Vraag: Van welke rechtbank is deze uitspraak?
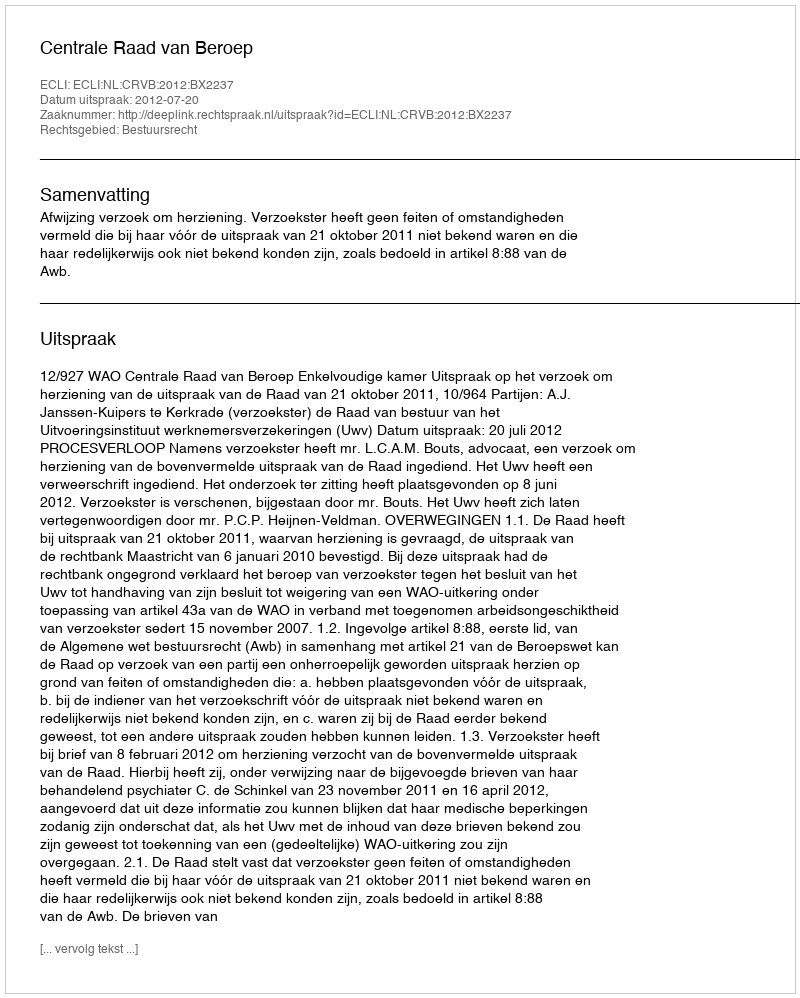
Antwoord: Centrale Raad van Beroep